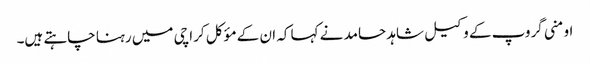
اومنی گروپ کے وکیل شاہد حامد نے کہا کہ ان کے مؤکل کراچی میں رہنا چاہتے ہیں۔